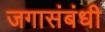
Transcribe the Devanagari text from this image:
जगासंबंधी